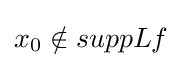
x_{0}\notin suppLf